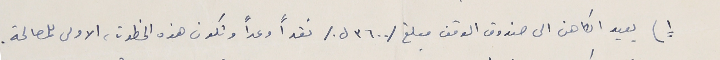
١) يعيد الكاهن الى صندوق الوقف مبلغ /٣٦٠٠ ل./ نقداً وعداً وتكون هذه الخطوة، الاولى للمصالحة.